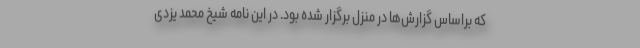
که براساس گزارش‌ها در منزل برگزار شده بود. در این نامه شیخ محمد یزدی